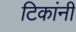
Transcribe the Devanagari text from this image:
टिकांनी